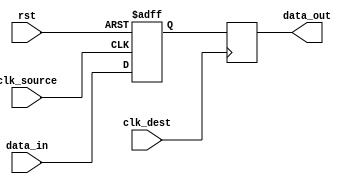
module sync_flop (
  input wire clk_source,
  input wire rst,
  input wire data_in,
  output reg data_out,
  input wire clk_dest
 );

 reg flop1_out;

 always @(posedge clk_source or posedge rst) begin
  if (rst) begin
    flop1_out <= 1'b0;
  end else begin
    flop1_out <= data_in;
  end
 end

 always @(posedge clk_dest) begin
  data_out <= flop1_out;
 end

endmodule